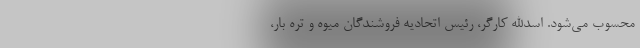
محسوب می‌شود. اسدالله کارگر، رئیس اتحادیه فروشندگان میوه و تره بار،